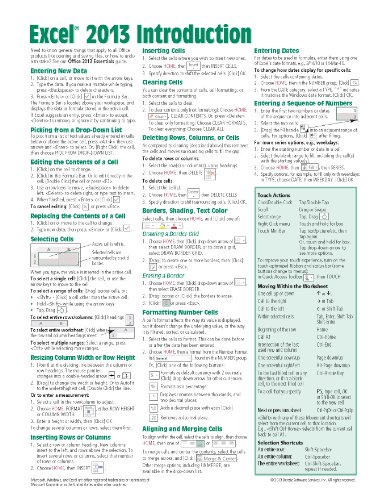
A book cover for Microsoft Excel 2013 Introduction Quick Reference Guide (Cheat Sheet of Instructions, Tips & Shortcuts - Laminated Card); Beezix Inc.; Computers & Technology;